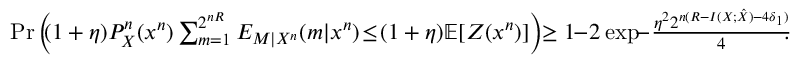
\begin{array} { r } { \operatorname* { P r } \left( \! \! ( 1 + \eta ) P _ { X } ^ { n } ( x ^ { n } ) \sum _ { m = 1 } ^ { 2 ^ { n R } } E _ { M | X ^ { n } } ( m | x ^ { n } ) \! \leq \! ( 1 + \eta ) \mathbb { E } { [ Z ( x ^ { n } ) ] } \right) \! \! \geq 1 \! \! - \! 2 \exp { \! \! - \frac { \eta ^ { 2 } 2 ^ { n ( R - I ( X ; \hat { X } ) - 4 \delta _ { 1 } ) } } { 4 } \! \! } . } \end{array}